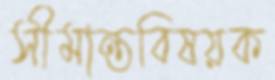
সীমান্তবিষয়ক